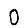
Digit: 0